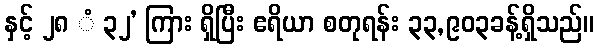
နှင့် ၂၈ ံ ၃၂’ ကြား ရှိပြီး ဧရိယာ စတုရန်း ၃၃,၉၀၃ခန့်ရှိသည်။